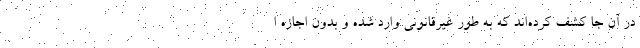
در آن جا کشف کرده‌اند که به طور غیرقانونی وارد شده و بدون اجازه ا